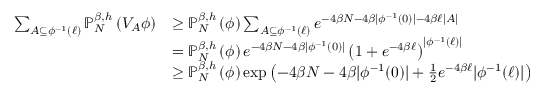
\begin{array} { r l } { \sum _ { A \subseteq \phi ^ { - 1 } ( \ell ) } { \ensuremath { \mathbb P } } _ { N } ^ { \beta , h } \left( V _ { A } \phi \right) } & { \ge { \ensuremath { \mathbb P } } _ { N } ^ { \beta , h } \left( \phi \right) \sum _ { A \subseteq \phi ^ { - 1 } ( \ell ) } e ^ { - 4 \beta N - 4 \beta \vert \phi ^ { - 1 } ( 0 ) \vert - 4 \beta \ell \vert A \vert } } \\ & { = { \ensuremath { \mathbb P } } _ { N } ^ { \beta , h } \left( \phi \right) e ^ { - 4 \beta N - 4 \beta \vert \phi ^ { - 1 } ( 0 ) \vert } \left( 1 + e ^ { - 4 \beta \ell } \right) ^ { \vert \phi ^ { - 1 } ( \ell ) \vert } } \\ & { \ge { \ensuremath { \mathbb P } } _ { N } ^ { \beta , h } \left( \phi \right) \exp \left( - 4 \beta N - 4 \beta \vert \phi ^ { - 1 } ( 0 ) \vert + \frac { 1 } { 2 } e ^ { - 4 \beta \ell } \vert \phi ^ { - 1 } ( \ell ) \vert \right) } \end{array}